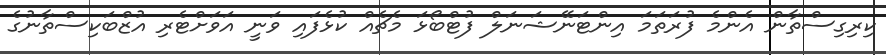
ކިރިގިސްތާން އެންމެ ފުރަތަމަ އިންޓަނޭޝަނަލް ފުޓްބޯޅަ މެޗެއް ކުޅެފައި ވަނީ އަވަށްޓެރި އުޒްބަކިސްތާނުގެ